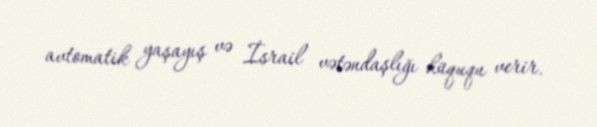
avtomatik yaşayış və İsrail vətəndaşlığı hüququ verir.